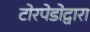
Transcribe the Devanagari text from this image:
टोरपेडोद्वारा